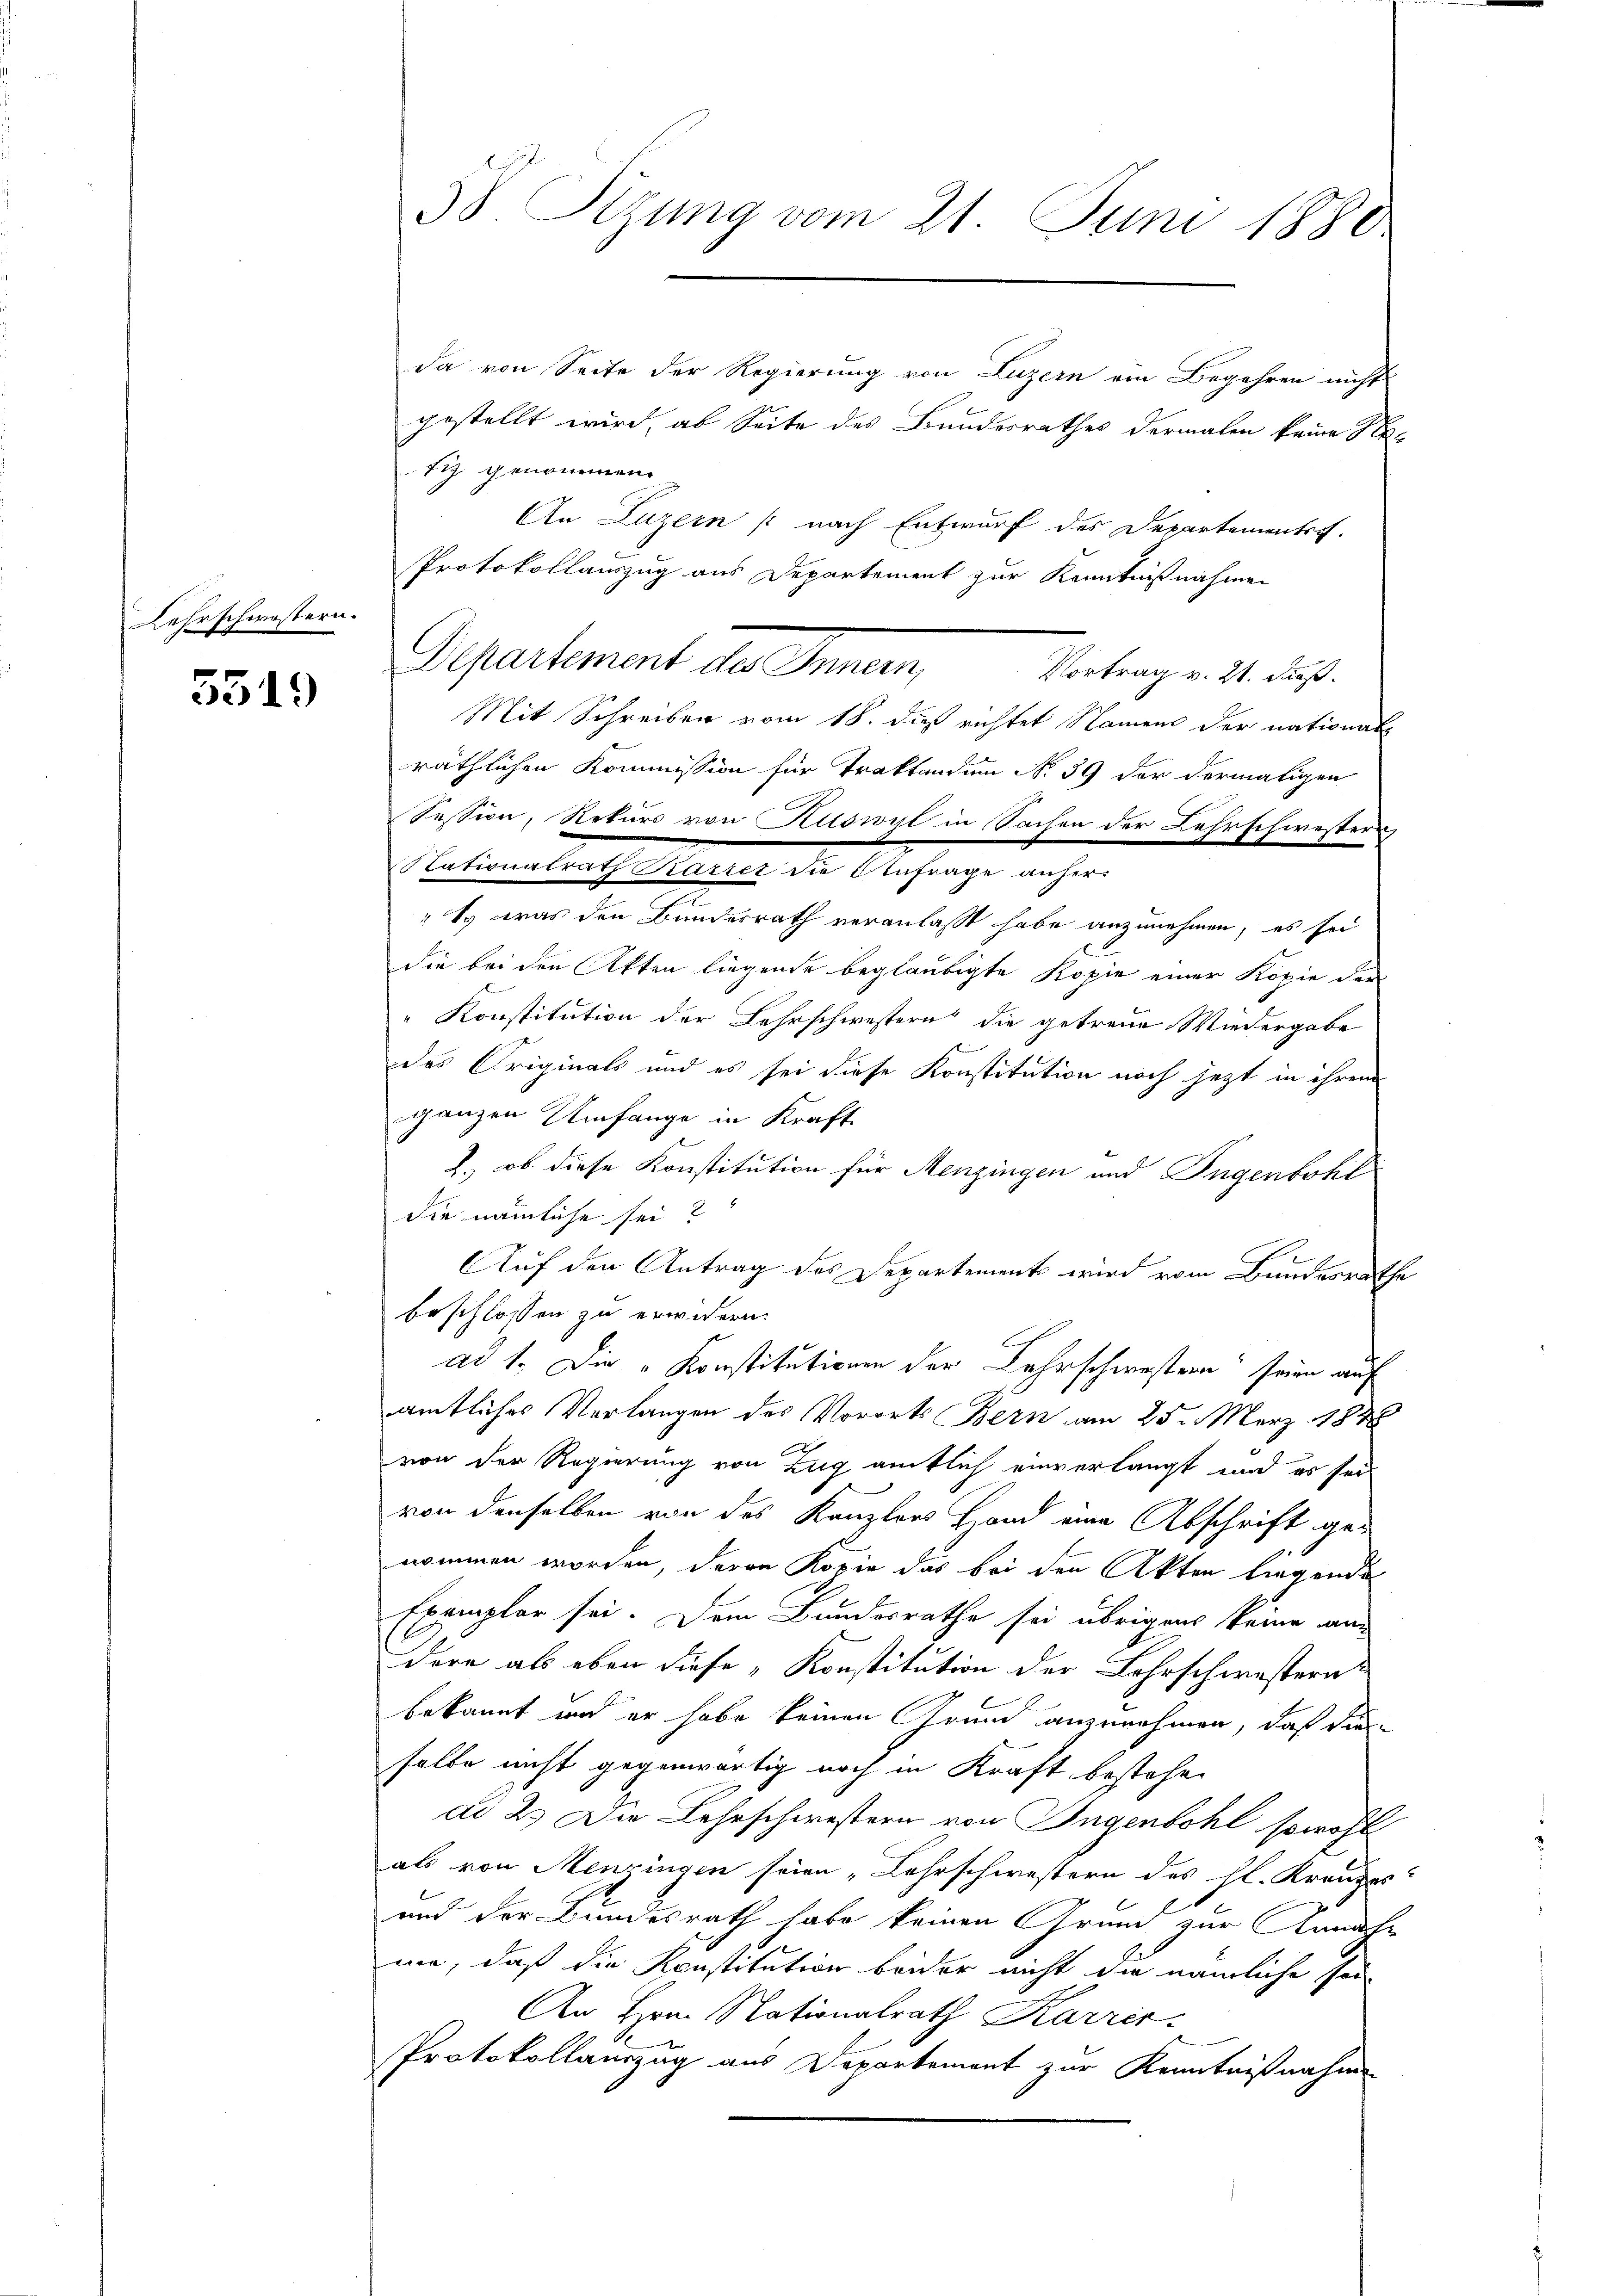
Lehrschwestern.

5519

da von Seite der Regierung von Luzern ein Begehren nicht
gestellt wird, ab Seite des Bundesrathes dermalen keine Nefig genommen.
An Luzern /: nach Entwurf des Departementst
Protokollauszug aus Departement zur Kenntnißnahmen
Separtement der Sinnen
Vortrag v. 21. daß.
Mit Schreiben vom 18. dieß richtet Namens der national
räthlichen Kommission für Traktandum No. 39 der dermaligen
Session, Rekurs von Kliswyl in Sachen der Lehrschwestern
" So was den Bundesrath veranlaßt habe anzunehmen, es sei
die bei den Akten liegende beglaubigte Kopie einer Kopie der
Konstitution der Lehrschwestern die getreue Wiedergabe
des Originals und es sei diese Konstitution noch jezt in ihrem
ganzen Umfange in Kraft
2., ob diese Konstitution für Menzingen und Ingenbohl
die nämliche sei?
Auf den Antrag des Departement wird vom Bundesrathe
beschlossen zu erwidern.
ad 1. Die „Konstitutionen der Lehrschwestern seine auf
amtliches Verlangen des Vororts Bern am 25. März 1848
von der Regierung von Zug gütlich einverlangt und es sei
von denselben von des Kanzlers Hand eine Abschrift genommen worden, deren Kopie das bei den Akten liegende
Exemplar sei. Dem Bundesrathe sei übrigens keine an
dore als eben diese „Konstitution der Lehrschwesternt
bekannt und er habe keinen Grund anzunehmen, daß dieselbe nicht gegenwärtig noch in Kraft bestehen
dd 2. Die Lehrschwestern von Ingenbohl sowohl
als von Menzingen seien „Lehrschwestern des hl. Kranzes
und der Bundesrath habe keinen Grund zur Annahme, daß die Konstitution beider nicht die nämliche sei
An Hrn. Nationalrath Karrer
Protokollauszug aus Departement zur Kenntnißnahme

58. Sizung vom 21. Juni 1880

tationalrath Karrer die Anfrage anher¬